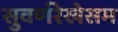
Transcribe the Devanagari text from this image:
सुवर्णरेखेसम